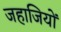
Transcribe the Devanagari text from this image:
जहाजियों